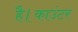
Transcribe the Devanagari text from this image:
है।काउंटर